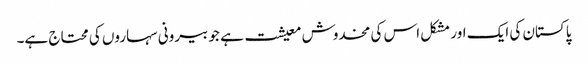
پاکستان کی ایک اور مشکل اس کی مخدوش معیشت ہے جو بیرونی سہاروں کی محتاج ہے۔